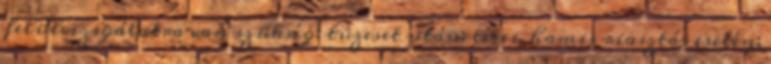
felülvizsgálatra van szükség: tûzeset után; téves, hamis riasztás esetén;